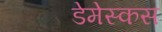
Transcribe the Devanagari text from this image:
डेमेस्कस